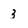
Character: 3